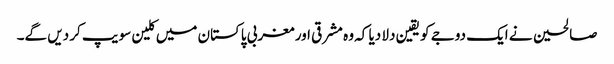
صالحین نے ایک دوجے کو یقین دلا دیا کہ وہ مشرقی اور مغربی پاکستان میں کلین سویپ کر دیں گے۔